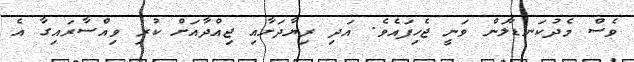
ވެސް މެދުކަނޑާލަން ވަނީ ޖެހިފައެވެ. އަދި ރިޔާދަށާއި ޖިއްދާއަށް ކުރި ވިއްސާރައިގާ އެ